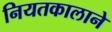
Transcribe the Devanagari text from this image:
नियतकालाने